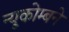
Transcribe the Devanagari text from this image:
न्यूकोम्बने